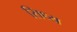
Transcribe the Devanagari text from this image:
सिध्य